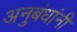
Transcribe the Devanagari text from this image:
अनुबंधांनी